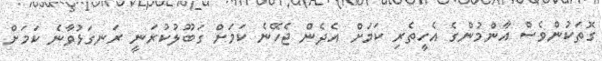
ގޮތަކުންވެސް އާންމުންގެ އެހީތެރި ކަމަށް އެދެން ޖެހޭނެ ކަމަށް ގަބޫލުކުރަނީ ރަނގަޅުވާނެ ކަމަށް